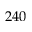
2 4 0